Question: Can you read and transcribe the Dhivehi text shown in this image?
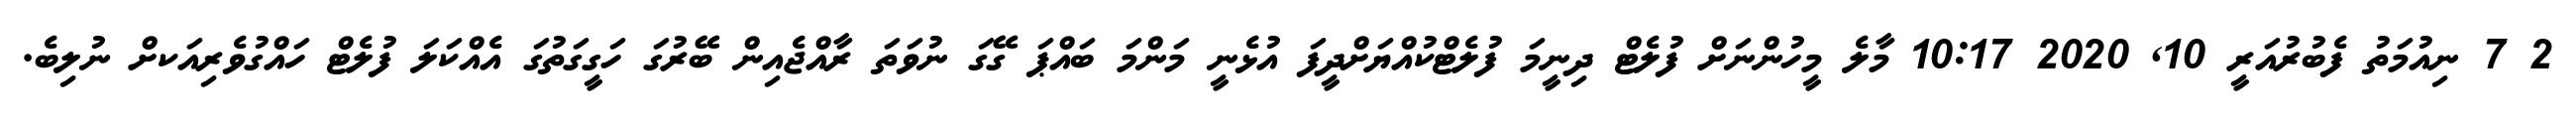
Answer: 2 7 ނިއުމަތު ފެބުރުއަރީ 10, 2020 10:17 މާލެ މީހުންނަށް ފުލެޓް ދިނީމަ ފުލެޓްކުއްޔަށްދީފަ އުޅެނީ މަންމަ ބައްޕަ ގޭގަ ނުވަތަ ރާއްޖެއިން ބޭރުގަ ހަގީގަތުގަ އެއްކަލަ ފުލެޓް ހައްގުވެރިއަކށް ނުލިބެ.